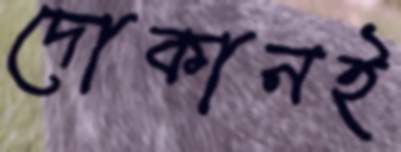
দোকানই